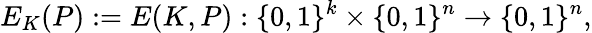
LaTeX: E_{K}(P):=E(K,P):\{ 0,1\} ^{k}\times\{ 0,1\} ^{n}\rightarrow\{ 0,1\} ^{n},